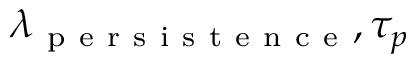
\lambda _ { \mathrm { ~ p ~ e ~ r ~ s ~ i ~ s ~ t ~ e ~ n ~ c ~ e ~ } } , \tau _ { p }